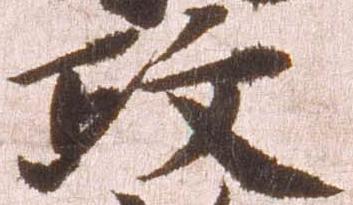
政